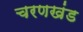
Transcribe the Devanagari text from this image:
चरणखंड